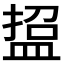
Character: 𭾃